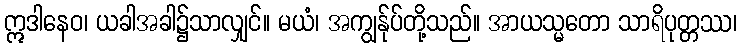
ဣဒါနေဝ၊ ယခါအခါ၌သာလျှင်။ မယံ၊ အကျွန်ုပ်တို့သည်။ အာယသ္မတော သာရိပုတ္တဿ၊